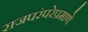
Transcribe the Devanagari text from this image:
राजपरंपरेप्रमाणे